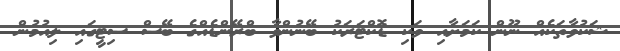
ޝަކުވާތަކެއް ނޫން ކަމަށާއި ވަކި ޑޮކްޓަރަކު ބޭނުންވާ ބްރޭންޑެއްގެ ބޭސް ސިޓީގައި ލިއުމުން